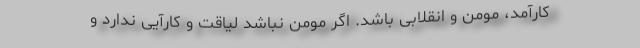
کارآمد، مومن و انقلابی باشد. اگر مومن نباشد لیاقت و کارآیی ندارد و